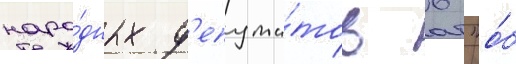
наро́дных д'епута́тов 6 "о́б